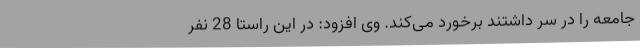
جامعه را در سر داشتند برخورد می‌کند. وی افزود: در این راستا 28 نفر